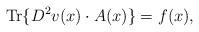
LaTeX: \begin{align*}\mathrm{Tr}\{D^2 v(x)\cdot A(x)\}=f(x),\end{align*}